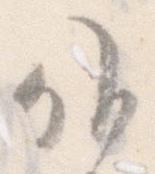
候